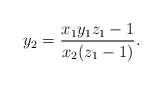
\begin{align*} y_2 = \frac{ x_1 y_1 z_1 - 1}{x_2 (z_1 - 1)}. \end{align*}